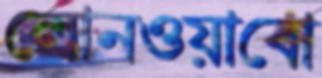
লোনওয়াবো